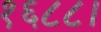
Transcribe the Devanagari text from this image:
१६८८।